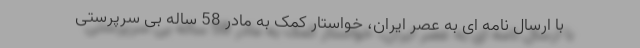
با ارسال نامه ای به عصر ایران، خواستار کمک به مادر 58 ساله بی سرپرستی